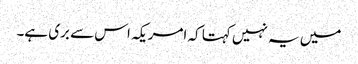
میں یہ نہیں کہتا کہ امریکہ اس سے بری ہے۔